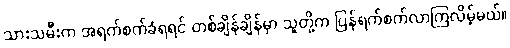
သားသမီးက အရက်စက်ခံရရင် တစ်ချိန်ချိန်မှာ သူတို့က ပြန်ရက်စက်လာကြလိမ့်မယ်။